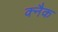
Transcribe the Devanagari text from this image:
क्नैक